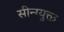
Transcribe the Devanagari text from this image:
सीन्ग्युक्त